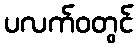
ပလက်ဝတွင်